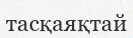
тасқаяқтай